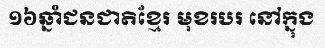
១៦ឆ្នាំជនជាតិខ្មែរ មុខរបរ នៅក្នុង